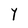
Character: Y